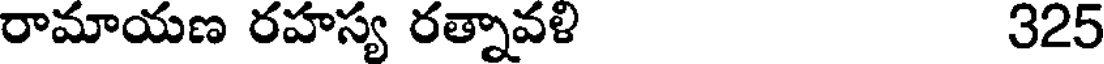
రామాయణ రహస్య రత్నావళి 325